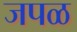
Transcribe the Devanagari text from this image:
जपळ